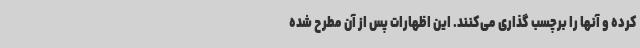
کرده و آنها را برچسب گذاری می‌کنند. این اظهارات پس از آن مطرح شده